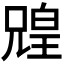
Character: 𫤟